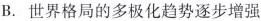
B.世界格局的多极化趋势逐步增强